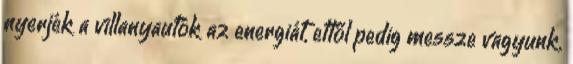
nyerjék a villanyautók az energiát, ettől pedig messze vagyunk.